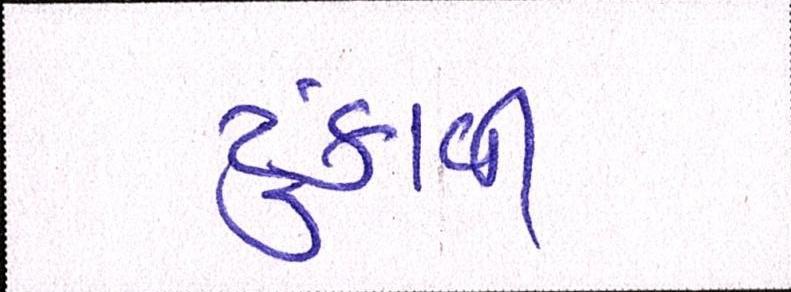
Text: ટુંકાવી